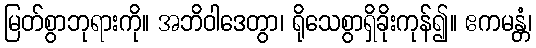
မြတ်စွာဘုရားကို။ အဘိဝါဒေတွာ၊ ရိုသေစွာရှိခိုးကုန်၍။ ဧကမန္တံ၊